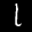
Label: 1